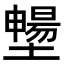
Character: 𡒮